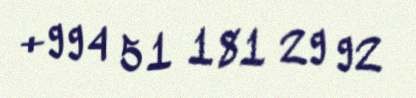
+994 51 181 29 92